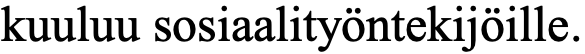
kuuluu sosiaalityöntekijöille.